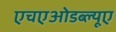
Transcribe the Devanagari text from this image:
एचएओडब्ल्यूए